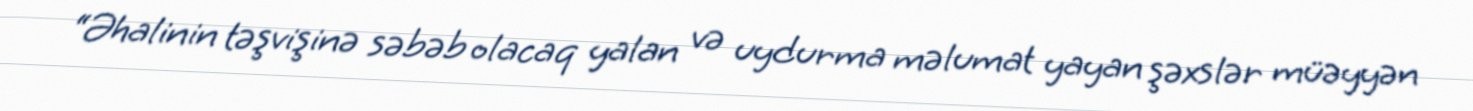
“Əhalinin təşvişinə səbəb olacaq yalan və uydurma məlumat yayan şəxslər müəyyən